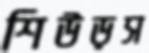
শিউড়স